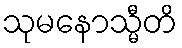
သုမနောသ္မီတိ